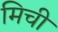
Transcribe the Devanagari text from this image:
मिची